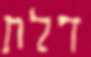
דלת